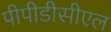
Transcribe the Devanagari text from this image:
पीपीडीसीएल